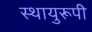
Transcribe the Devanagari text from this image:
स्थायुरूपी